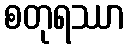
စတုရဿာ